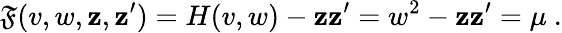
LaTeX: \mathfrak{F}(v,w,\mathbf{z},\mathbf{z}^{\prime})=H(v,w)-\mathbf{z}\mathbf{z}^{\prime}=w^{2}-\mathbf{z}\mathbf{z}^{\prime}=\mu~.